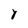
Character: j